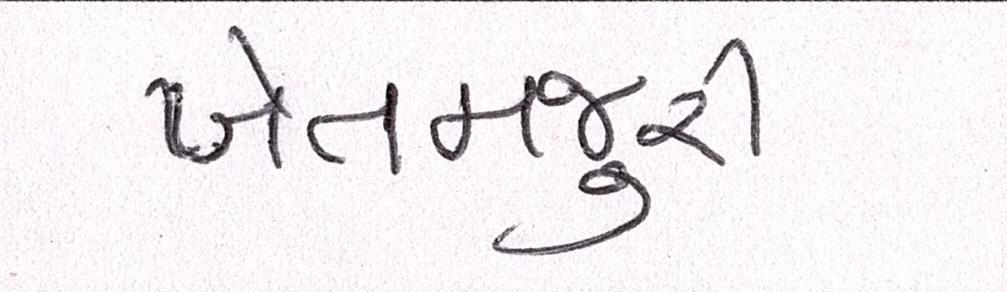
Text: ખેતમજુરી